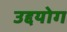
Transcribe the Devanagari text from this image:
उद्दयोग